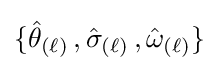
\{{\hat {\theta }}_{(\ell )}\,,{\hat {\sigma }}_{(\ell )}\,,{\hat {\omega }}_{(\ell )}\}